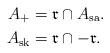
LaTeX: \begin{align*}A_+&=\mathfrak{r}\cap A_\mathrm{sa}.\\A_\mathrm{sk}&=\mathfrak{r}\cap-\mathfrak{r}.\end{align*}